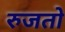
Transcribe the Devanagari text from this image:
रुजतो